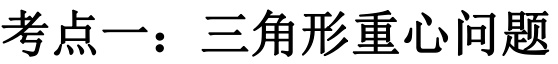
考点一：三角形重心问题